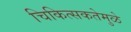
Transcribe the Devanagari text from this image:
चिकित्सकतेमुळे